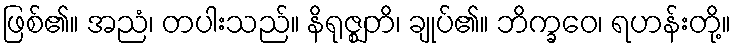
ဖြစ်၏။ အညံ၊ တပါးသည်။ နိရုဇ္ဈတိ၊ ချုပ်၏။ ဘိက္ခဝေ၊ ရဟန်းတို့။